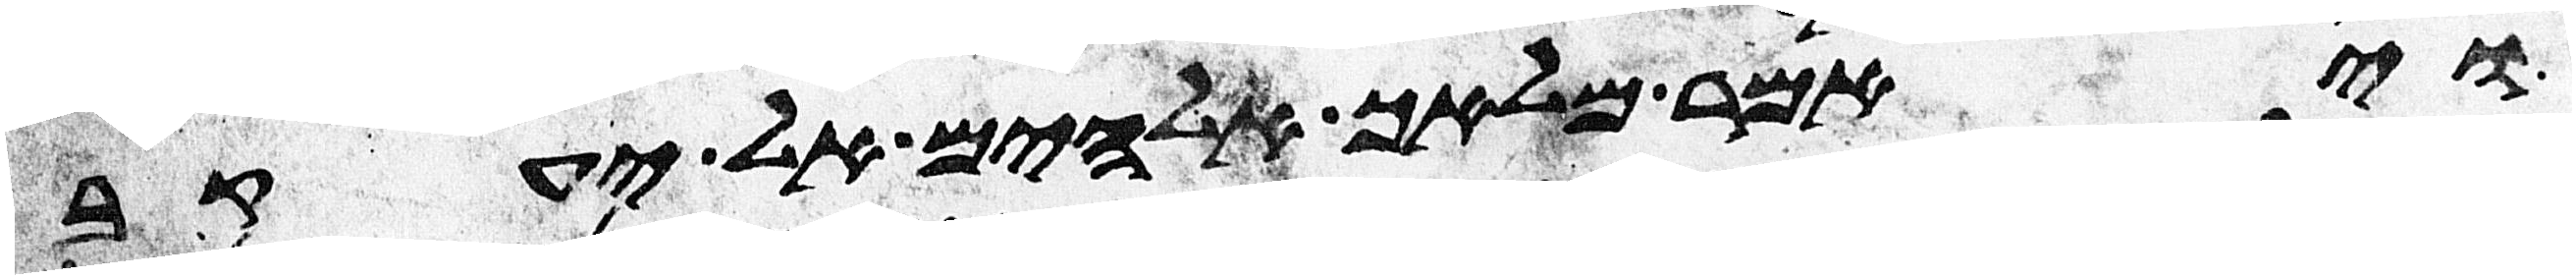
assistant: ויאמר מלאך אלהים אל יעקב